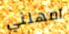
امهلني